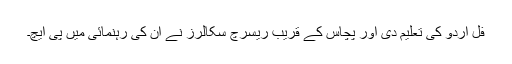
فل اردو کی تعلیم دی اور پچاس کے قریب ریسرچ سکالرز نے ان کی رہنمائی میں پی ایچ۔